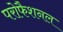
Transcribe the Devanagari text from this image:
परोफैशनल